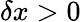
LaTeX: \delta x>0